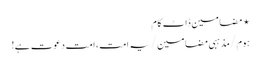
⋆ مضامین ڈاٹ کام
ہوم/مذہبی مضامین/یہ امت، امت دعوت ہے!